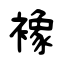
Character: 襐